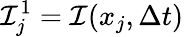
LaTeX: {\cal I}_{j}^{1}={\cal I}(x_{j},\Delta t)